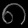
Digit: ၈